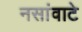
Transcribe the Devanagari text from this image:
नसांवाटे